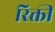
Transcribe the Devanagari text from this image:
रिक्ती